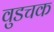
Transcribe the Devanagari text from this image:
वुडचक